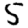
Digit: 5